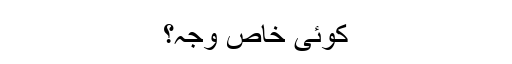
کوئی خاص وجہ؟